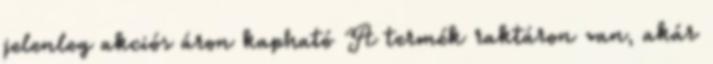
jelenleg akciós áron kapható A termék raktáron van, akár